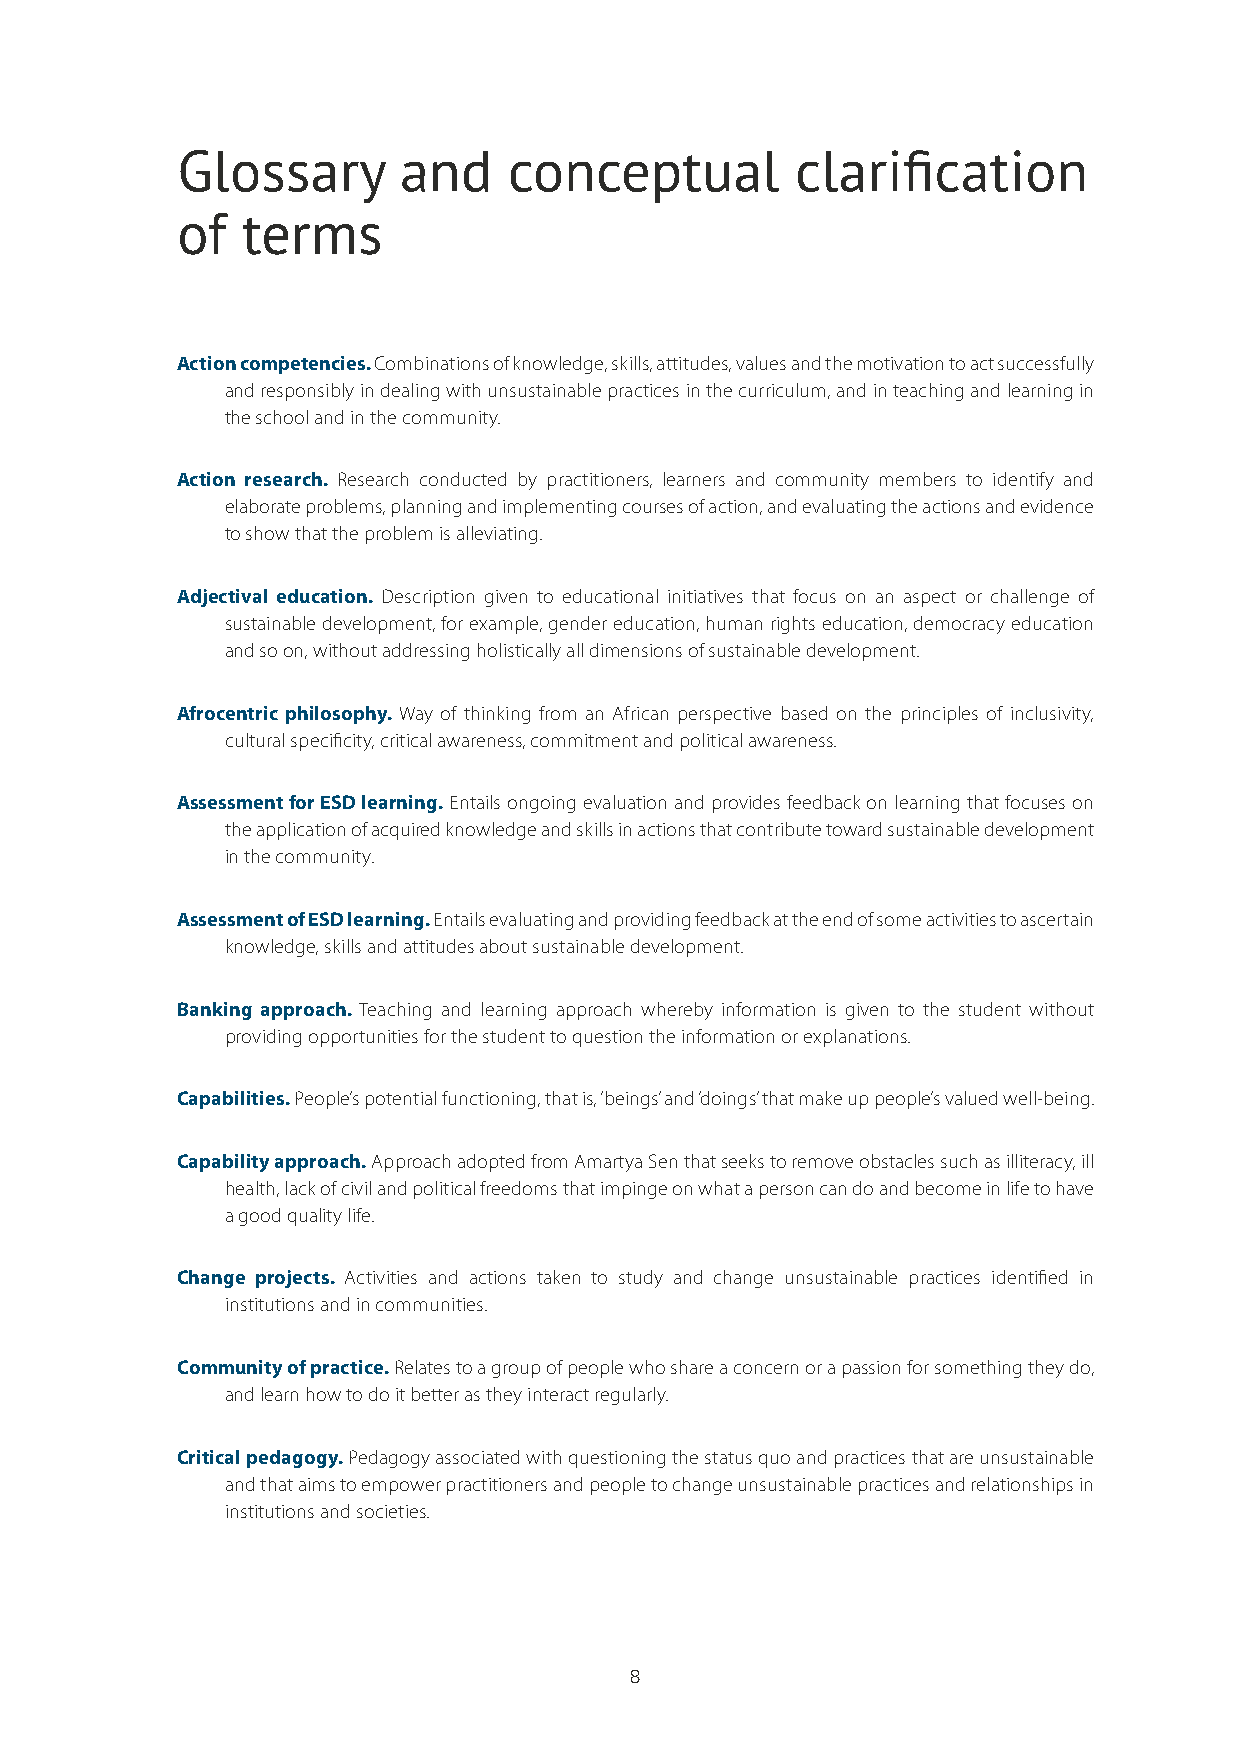
Glossary      and     conceptual         clarification
 of  terms
 Action competencies. Combinations of knowledge, skills, attitudes, values and the motivation to act successfully
 and responsibly in dealing with unsustainable practices in the curriculum, and in teaching and learning in
 the school and in the community.
 Action research. Research conducted by practitioners, learners and community members to identify and
 elaborate problems, planning and implementing courses of action, and evaluating the actions and evidence
 to show that the problem is alleviating.
 Adjectival education. Description given to educational initiatives that focus on an aspect or challenge of
 sustainable development, for example, gender education, human rights education, democracy education
 and so on, without addressing holistically all dimensions of sustainable development.
 Afrocentric philosophy. Way of thinking from an African perspective based on the principles of inclusivity,
 cultural specificity, critical awareness, commitment and political awareness.
 Assessment for ESD learning. Entails ongoing evaluation and provides feedback on learning that focuses on
 the application of acquired knowledge and skills in actions that contribute toward sustainable development
 in the community.
 Assessment of ESD learning. Entails evaluating and providing feedback at the end of some activities to ascertain
 knowledge, skills and attitudes about sustainable development.
 Banking approach. Teaching and learning approach whereby information is given to the student without
 providing opportunities for the student to question the information or explanations.
 Capabilities. People’s potential functioning, that is, ‘beings’ and ‘doings’ that make up people’s valued well-being.
 Capability approach. Approach adopted from Amartya Sen that seeks to remove obstacles such as illiteracy, ill
 health, lack of civil and political freedoms that impinge on what a person can do and become in life to have
 a good quality life.
 Change projects. Activities and actions taken to study and change unsustainable practices identified in
 institutions and in communities.
 Community of practice. Relates to a group of people who share a concern or a passion for something they do,
 and learn how to do it better as they interact regularly.
 Critical pedagogy. Pedagogy associated with questioning the status quo and practices that are unsustainable
 and that aims to empower practitioners and people to change unsustainable practices and relationships in
 institutions and societies.
 8